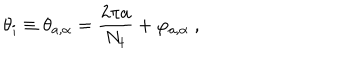
LaTeX: \theta _ { i } \equiv \theta _ { a , \alpha } = { \frac { 2 \pi a } { N _ { t } } } + \varphi _ { a , \alpha } ~ ,